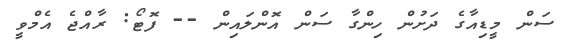
ސަން މީޑިއާގެ ދަށުން ހިންގާ ސަން އޮންލައިން -- ފޮޓޯ: ރާއްޖެ އެމްވީ